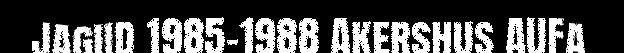
jagiid 1985-1988 Akershus AUFa